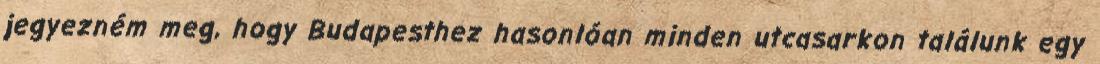
jegyezném meg, hogy Budapesthez hasonlóan minden utcasarkon találunk egy